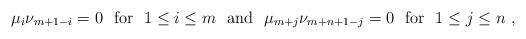
LaTeX: \begin{align*}\mbox{$\mu_i\nu_{m+1-i}=0$ \ for \ $1\le i\le m$ \ and \ $\mu_{m+j}\nu_{m+n+1-j}=0$ \ for \ $1\le j\le n$ , }\end{align*}